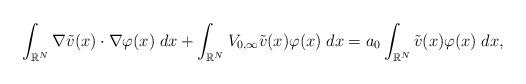
LaTeX: \begin{align*}\int_{\mathbb{R}^N} \nabla \tilde{v}(x) \cdot \nabla \varphi(x)\;dx + \int_{\mathbb{R}^N}V_{0,\infty}\tilde{v}(x)\varphi(x)\;dx = a_0 \int_{\mathbb{R}^N}\tilde{v}(x) \varphi (x)\;dx,\end{align*}